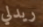
ريدلي